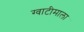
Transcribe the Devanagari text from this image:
ग्वाटीमाला